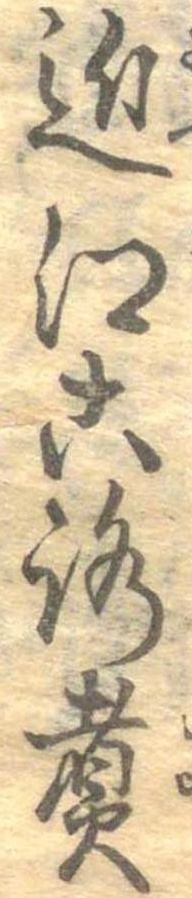
近江ころ煮